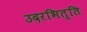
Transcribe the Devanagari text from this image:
उदरभित्ति